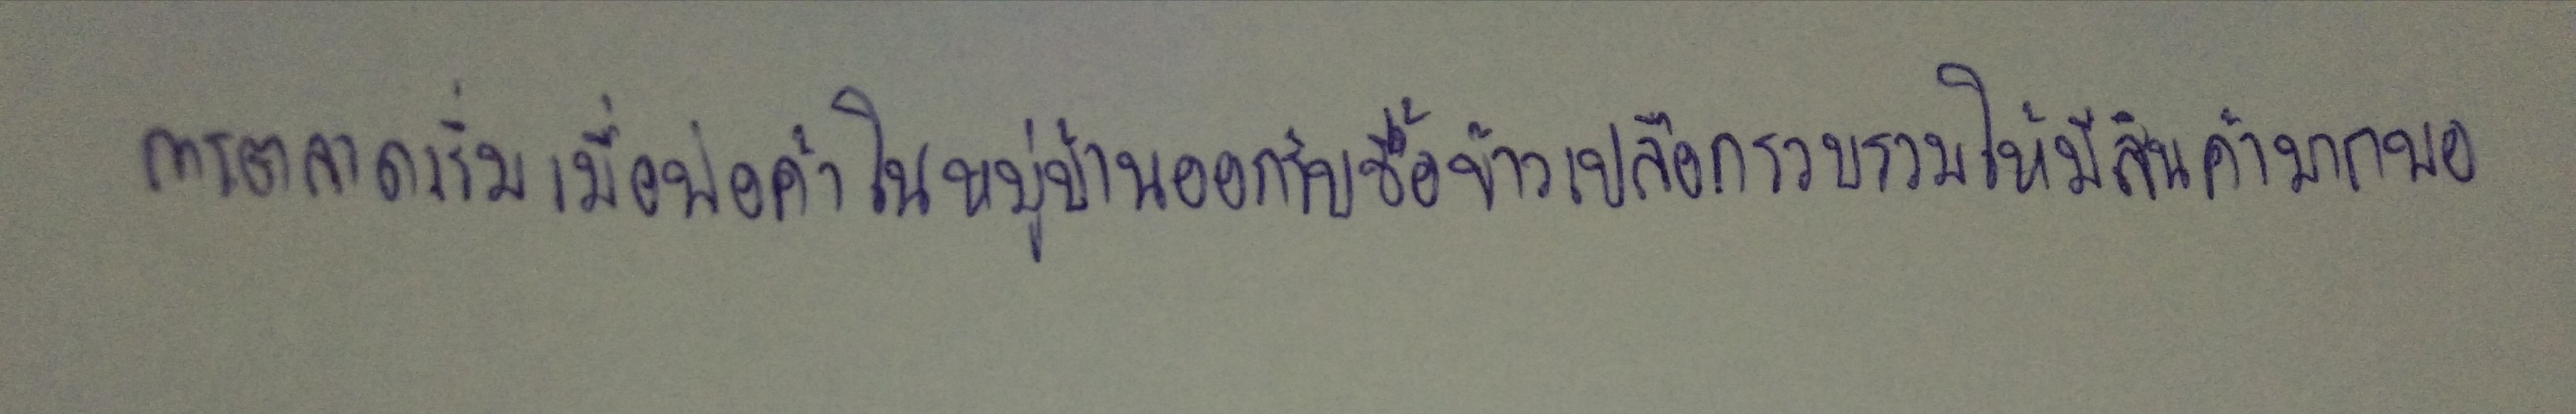
การตลาดเริ่มเมื่อพ่อค้าในหมู่บ้านออกรับซื้อข้าวเปลือกรวบรวมให้มีสินค้ามากพอ